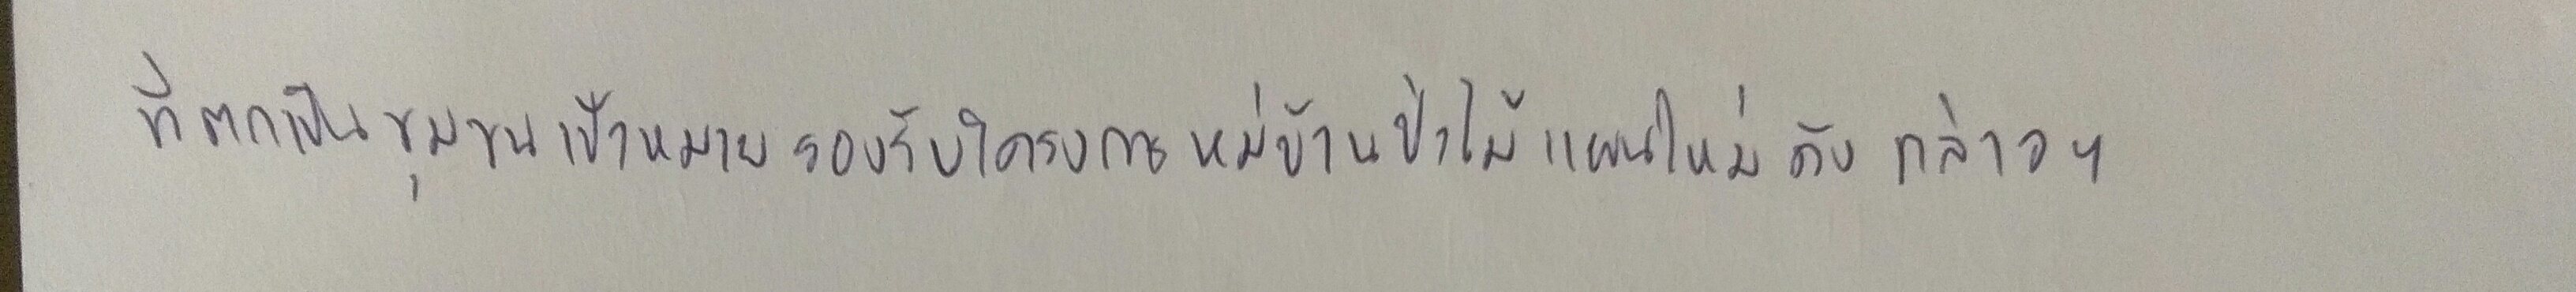
ที่ตกเป็นชุมชนเป้าหมายรองรับโครงการหมู่บ้านป่าไม้แผนใหม่ดังกล่าวฯ